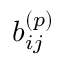
b _ { i j } ^ { ( p ) }